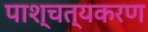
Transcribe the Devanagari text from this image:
पाश्चत्यकरण